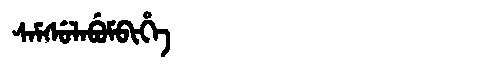
Manchu: ᠰᠠᠮᠰᡠᠯᠠᠪᡠᠮᠪᡳᡥᡝ
Romanization: SAMSULABUMBIHE